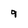
Character: 9